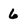
Character: 6